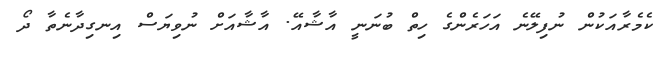
ކެމެރާއަކުން ނުފިލޭނެ އަހަރެންގެ ހިތް ބުނަނީ އާޝާއޭ. އާޝާއަށް ނުވިޔަސް އިނގިދާނެތާ ދޯ